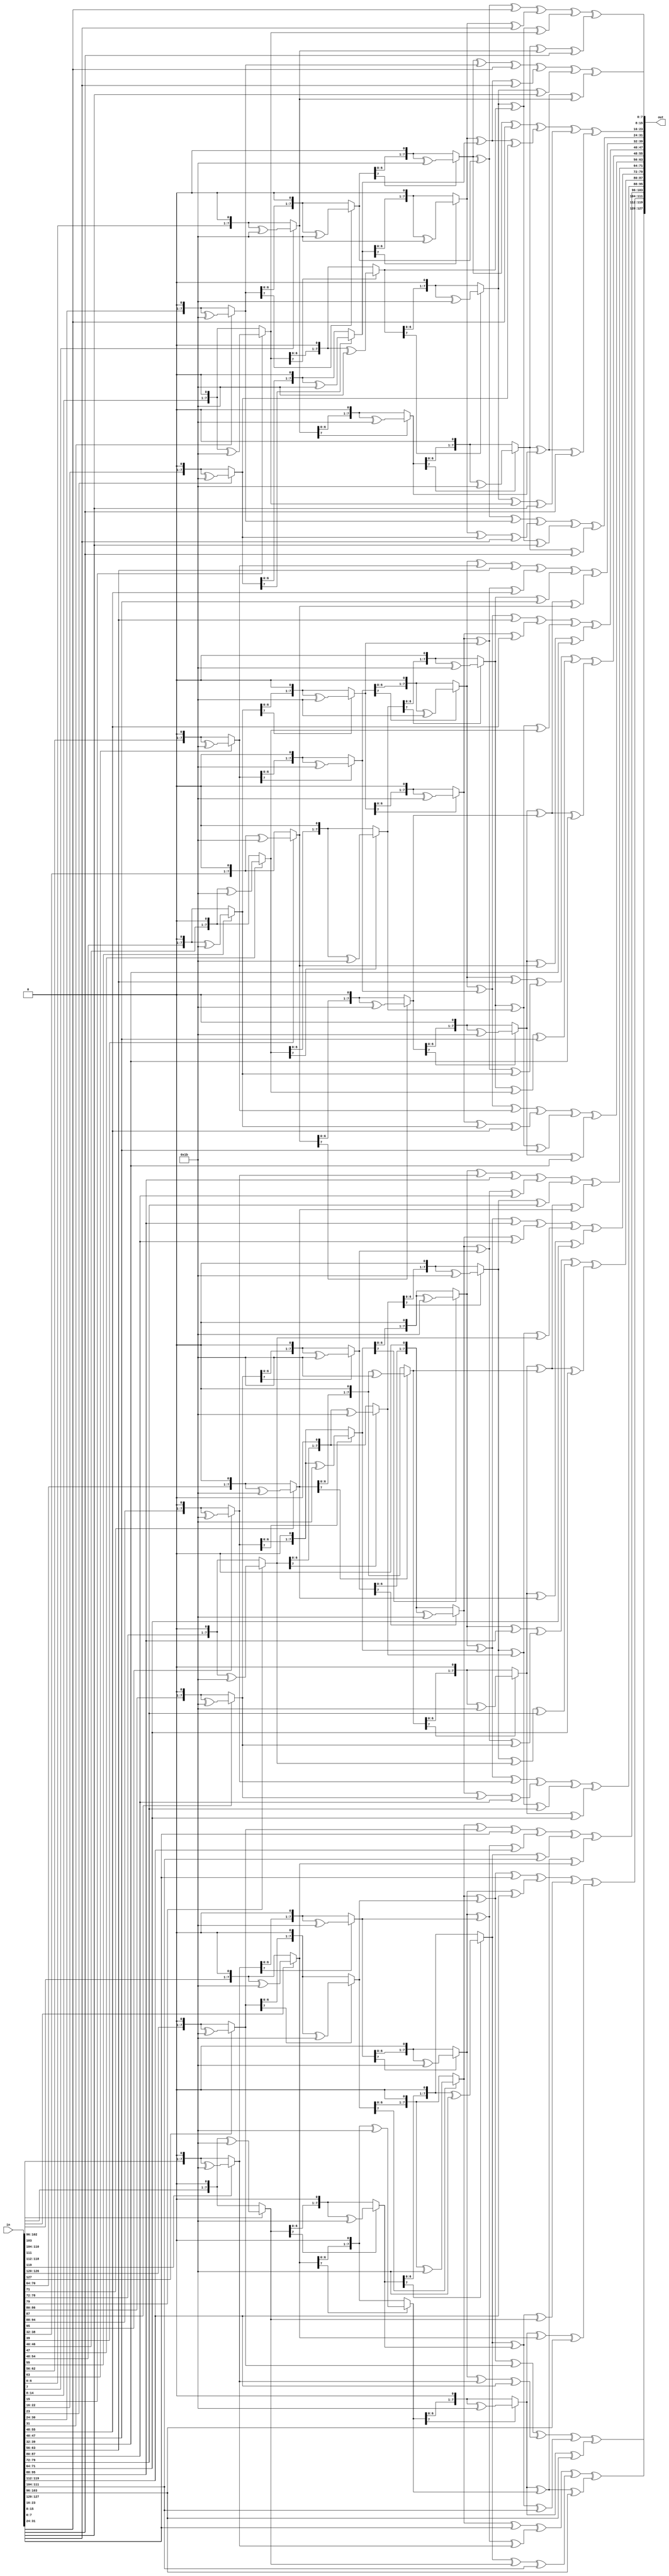
module InvMixColumns(in, out);

input [127:0] in;
output [127:0] out;

function [7:0] mul2;
    input [7:0] a;
    begin
        if(a[7] == 1) begin
            mul2 = (a << 1) ^ 8'h1b;
        end
        else begin
            mul2 = a << 1;
        end
    end
endfunction

function [7:0] mul3;
    input [7:0] a;
    begin
        mul3 = mul2(a) ^ a;
    end
endfunction

function [7:0] mul0b;
    input [7:0] a;
    begin
        mul0b = mul2(mul2(mul2(a))) ^ mul2(a) ^ a;
    end
endfunction

function [7:0] mul0d;
    input [7:0] a;
    begin
        mul0d = mul2(mul2(mul2(a))) ^ mul2(mul2(a)) ^ a;
    end
endfunction

function [7:0] mul09;
    input [7:0] a;
    begin
        mul09 = mul2(mul2(mul2(a))) ^ a;
    end
endfunction

function [7:0] mul0e;
    input [7:0] a;
    begin
        mul0e = mul2(mul2(mul2(a))) ^ mul2(mul2(a)) ^ mul2(a);
    end
endfunction

genvar i;
generate
    for(i = 0; i < 4; i = i + 1)
    begin: mix_columns
        assign out[(i * 32 + 24) +: 8] = mul0e(in[(i * 32 + 24) +: 8]) ^ 
            mul0b(in[(i * 32 + 16) +: 8]) ^ mul0d(in[(i * 32 + 8) +: 8]) ^ mul09(in[(i * 32) +: 8]);
        
        assign out[(i * 32 + 16) +: 8] = mul09(in[(i * 32 + 24) +: 8]) ^
            mul0e(in[(i * 32 + 16) +: 8]) ^ mul0b(in[(i * 32 + 8) +: 8]) ^ mul0d(in[(i * 32) +: 8]);
        
        assign out[(i * 32 + 8) +: 8] = mul0d(in[(i * 32 + 24) +: 8]) ^ mul09(in[(i * 32 + 16) +: 8]) ^ 
            mul0e(in[(i * 32 + 8) +: 8]) ^ mul0b(in[(i * 32) +: 8]);

        assign out[(i * 32) +: 8] = mul0b(in[(i * 32 + 24) +: 8]) ^ mul0d(in[(i * 32 + 16) +: 8]) ^ 
            mul09(in[(i * 32 + 8) +: 8]) ^ mul0e(in[(i * 32) +: 8]);
    end
endgenerate


endmodule

/*
The InvMixColumns function in AES (Advanced Encryption Standard) is the inverse of the MixColumns transformation.
It operates on the State column-by-column, treating each column as a four-term polynomial.
The columns are considered as polynomials over GF(2^8) and multiplied modulo x^4+1
with a fixed polynomial a-1(x) = {0b}x^3 + {0d}x^2 + {09}x + {0e}.

The multiplication by {0b} is achieved by:
    multiplication by {02} 3 times which is equivalent to multiplication by {08} XOR
    multiplication by {02} 1 time which is equivalent to multiplication by {02} XOR
    XOR the original value
    Thus multiplication by {0b} is equivalent to multiplication by {08} XOR {02} XOR original value
    ==> 8 + 2 + 1 = 11

The multiplication by {0d} is achieved by:
    multiplication by {02} 3 times which is equivalent to multiplication by {08} XOR
    multiplication by {02} 2 time which is equivalent to multiplication by {04} XOR
    XOR the original value
    Thus multiplication by {0d} is equivalent to multiplication by {08} XOR {04} XOR original value
    ==> 8 + 4 + 1 = 13

The multiplication by {09} is achieved by:
    multiplication by {02} 3 times which is equivalent to multiplication by {08} XOR
    XOR the original value
    Thus multiplication by {09} is equivalent to multiplication by {08} XOR original value
    ==> 8 + 1 = 9

The multiplication by {0e} is achieved by:
    multiplication by {02} 3 times which is equivalent to multiplication by {08} XOR
    multiplication by {02} 2 time which is equivalent to multiplication by {04} XOR
    multiplication by {02} 1 time which is equivalent to multiplication by {02} XOR
    Thus multiplication by {0e} is equivalent to multiplication by {08} XOR {04} XOR {02}
    ==> 8 + 4 + 2 = 14

*/